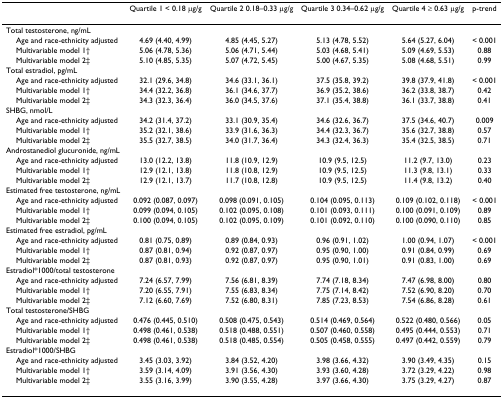
<table><thead><tr><td></td><td><b>Quartile 1 &lt; 0.18 μg/g</b></td><td><b>Quartile 2 0.18–0.33 μg/g</b></td><td><b>Quartile 3 0.34–0.62 μg/g</b></td><td><b>Quartile 4 ≥ 0.63 μg/g</b></td><td><b>p-trend</b></td></tr></thead><tbody><tr><td>Total testosterone, ng/mL</td><td></td><td></td><td></td><td></td><td></td></tr><tr><td> Age and race-ethnicity adjusted</td><td>4.69 (4.40, 4.99)</td><td>4.85 (4.45, 5.27)</td><td>5.13 (4.78, 5.52)</td><td>5.64 (5.27, 6.04)</td><td>&lt; 0.001</td></tr><tr><td> Multivariable model 1†</td><td>5.06 (4.78, 5.36)</td><td>5.06 (4.71, 5.44)</td><td>5.03 (4.68, 5.41)</td><td>5.09 (4.69, 5.53)</td><td>0.88</td></tr><tr><td> Multivariable model 2‡</td><td>5.10 (4.85, 5.35)</td><td>5.07 (4.72, 5.45)</td><td>5.00 (4.67, 5.35)</td><td>5.08 (4.68, 5.51)</td><td>0.99</td></tr><tr><td>Total estradiol, pg/mL</td><td></td><td></td><td></td><td></td><td></td></tr><tr><td> Age and race-ethnicity adjusted</td><td>32.1 (29.6, 34.8)</td><td>34.6 (33.1, 36.1)</td><td>37.5 (35.8, 39.2)</td><td>39.8 (37.9, 41.8)</td><td>&lt; 0.001</td></tr><tr><td> Multivariable model 1†</td><td>34.4 (32.2, 36.8)</td><td>36.1 (34.6, 37.7)</td><td>36.9 (35.2, 38.6)</td><td>36.2 (33.8, 38.7)</td><td>0.42</td></tr><tr><td> Multivariable model 2‡</td><td>34.3 (32.3, 36.4)</td><td>36.0 (34.5, 37.6)</td><td>37.1 (35.4, 38.8)</td><td>36.1 (33.7, 38.8)</td><td>0.41</td></tr><tr><td>SHBG, nmol/L</td><td></td><td></td><td></td><td></td><td></td></tr><tr><td> Age and race-ethnicity adjusted</td><td>34.2 (31.4, 37.2)</td><td>33.1 (30.9, 35.4)</td><td>34.6 (32.6, 36.7)</td><td>37.5 (34.6, 40.7)</td><td>0.009</td></tr><tr><td> Multivariable model 1†</td><td>35.2 (32.1, 38.6)</td><td>33.9 (31.6, 36.3)</td><td>34.4 (32.3, 36.7)</td><td>35.6 (32.7, 38.8)</td><td>0.57</td></tr><tr><td> Multivariable model 2‡</td><td>35.5 (32.7, 38.5)</td><td>34.0 (31.7, 36.4)</td><td>34.3 (32.4, 36.3)</td><td>35.4 (32.5, 38.5)</td><td>0.71</td></tr><tr><td>Androstanediol glucuronide, ng/mL</td><td></td><td></td><td></td><td></td><td></td></tr><tr><td> Age and race-ethnicity adjusted</td><td>13.0 (12.2, 13.8)</td><td>11.8 (10.9, 12.9)</td><td>10.9 (9.5, 12.5)</td><td>11.2 (9.7, 13.0)</td><td>0.23</td></tr><tr><td> Multivariable model 1†</td><td>12.9 (12.1, 13.8)</td><td>11.8 (10.8, 12.9)</td><td>10.9 (9.5, 12.5)</td><td>11.3 (9.8, 13.1)</td><td>0.33</td></tr><tr><td> Multivariable model 2‡</td><td>12.9 (12.1, 13.7)</td><td>11.7 (10.8, 12.8)</td><td>10.9 (9.5, 12.5)</td><td>11.4 (9.8, 13.2)</td><td>0.40</td></tr><tr><td>Estimated free testosterone, ng/mL</td><td></td><td></td><td></td><td></td><td></td></tr><tr><td> Age and race-ethnicity adjusted</td><td>0.092 (0.087, 0.097)</td><td>0.098 (0.091, 0.105)</td><td>0.104 (0.095, 0.113)</td><td>0.109 (0.102, 0.118)</td><td>&lt; 0.001</td></tr><tr><td> Multivariable model 1†</td><td>0.099 (0.094, 0.105)</td><td>0.102 (0.095, 0.108)</td><td>0.101 (0.093, 0.111)</td><td>0.100 (0.091, 0.109)</td><td>0.89</td></tr><tr><td> Multivariable model 2‡</td><td>0.100 (0.094, 0.105)</td><td>0.102 (0.095, 0.109)</td><td>0.101 (0.092, 0.110)</td><td>0.100 (0.090, 0.110)</td><td>0.85</td></tr><tr><td>Estimated free estradiol, pg/mL</td><td></td><td></td><td></td><td></td><td></td></tr><tr><td> Age and race-ethnicity adjusted</td><td>0.81 (0.75, 0.89)</td><td>0.89 (0.84, 0.93)</td><td>0.96 (0.91, 1.02)</td><td>1.00 (0.94, 1.07)</td><td>&lt; 0.001</td></tr><tr><td> Multivariable model 1†</td><td>0.87 (0.81, 0.94)</td><td>0.92 (0.87, 0.97)</td><td>0.95 (0.90, 1.00)</td><td>0.91 (0.84, 0.99)</td><td>0.69</td></tr><tr><td> Multivariable model 2‡</td><td>0.87 (0.81, 0.93)</td><td>0.92 (0.87, 0.97)</td><td>0.95 (0.90, 1.01)</td><td>0.91 (0.83, 1.00)</td><td>0.69</td></tr><tr><td>Estradiol*1000/total testosterone</td><td></td><td></td><td></td><td></td><td></td></tr><tr><td> Age and race-ethnicity adjusted</td><td>7.24 (6.57, 7.99)</td><td>7.56 (6.81, 8.39)</td><td>7.74 (7.18, 8.34)</td><td>7.47 (6.98, 8.00)</td><td>0.80</td></tr><tr><td> Multivariable model 1†</td><td>7.20 (6.55, 7.91)</td><td>7.55 (6.83, 8.34)</td><td>7.75 (7.14, 8.42)</td><td>7.52 (6.90, 8.20)</td><td>0.70</td></tr><tr><td> Multivariable model 2‡</td><td>7.12 (6.60, 7.69)</td><td>7.52 (6.80, 8.31)</td><td>7.85 (7.23, 8.53)</td><td>7.54 (6.86, 8.28)</td><td>0.61</td></tr><tr><td>Total testosterone/SHBG</td><td></td><td></td><td></td><td></td><td></td></tr><tr><td> Age and race-ethnicity adjusted</td><td>0.476 (0.445, 0.510)</td><td>0.508 (0.475, 0.543)</td><td>0.514 (0.469, 0.564)</td><td>0.522 (0.480, 0.566)</td><td>0.05</td></tr><tr><td> Multivariable model 1†</td><td>0.498 (0.461, 0.538)</td><td>0.518 (0.488, 0.551)</td><td>0.507 (0.460, 0.558)</td><td>0.495 (0.444, 0.553)</td><td>0.71</td></tr><tr><td> Multivariable model 2‡</td><td>0.498 (0.461, 0.538)</td><td>0.518 (0.485, 0.554)</td><td>0.505 (0.458, 0.555)</td><td>0.497 (0.442, 0.559)</td><td>0.79</td></tr><tr><td>Estradiol*1000/SHBG</td><td></td><td></td><td></td><td></td><td></td></tr><tr><td> Age and race-ethnicity adjusted</td><td>3.45 (3.03, 3.92)</td><td>3.84 (3.52, 4.20)</td><td>3.98 (3.66, 4.32)</td><td>3.90 (3.49, 4.35)</td><td>0.15</td></tr><tr><td> Multivariable model 1†</td><td>3.59 (3.14, 4.09)</td><td>3.91 (3.56, 4.30)</td><td>3.93 (3.60, 4.28)</td><td>3.72 (3.29, 4.22)</td><td>0.98</td></tr><tr><td> Multivariable model 2‡</td><td>3.55 (3.16, 3.99)</td><td>3.90 (3.55, 4.28)</td><td>3.97 (3.66, 4.30)</td><td>3.75 (3.29, 4.27)</td><td>0.87</td></tr></tbody></table>